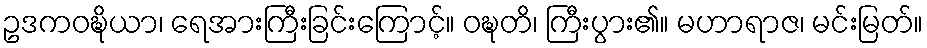
ဥဒကဝဍ္ဎိယာ၊ ရေအားကြီးခြင်းကြောင့်။ ဝဍ္ဎတိ၊ ကြီးပွား၏။ မဟာရာဇ၊ မင်းမြတ်။